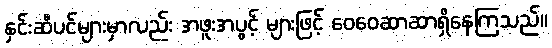
နှင်းဆီပင်များမှာလည်း အဖူးအပွင့် များဖြင့် ဝေဝေဆာဆာရှိနေကြသည်။